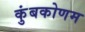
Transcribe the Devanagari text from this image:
कुंबकोणम